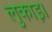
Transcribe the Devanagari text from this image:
लुकाइ।